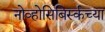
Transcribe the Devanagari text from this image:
नोव्होसिबिर्स्कच्या